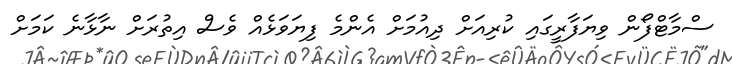
ސްމާޓްފޯން ވިޔަފާރީގައި ކުރިއަށް ދިއުމަށް އެންމެ ފިޔަވަޅެއް ވެސް އިތުރަށް ނާޅާނެ ކަމަށް